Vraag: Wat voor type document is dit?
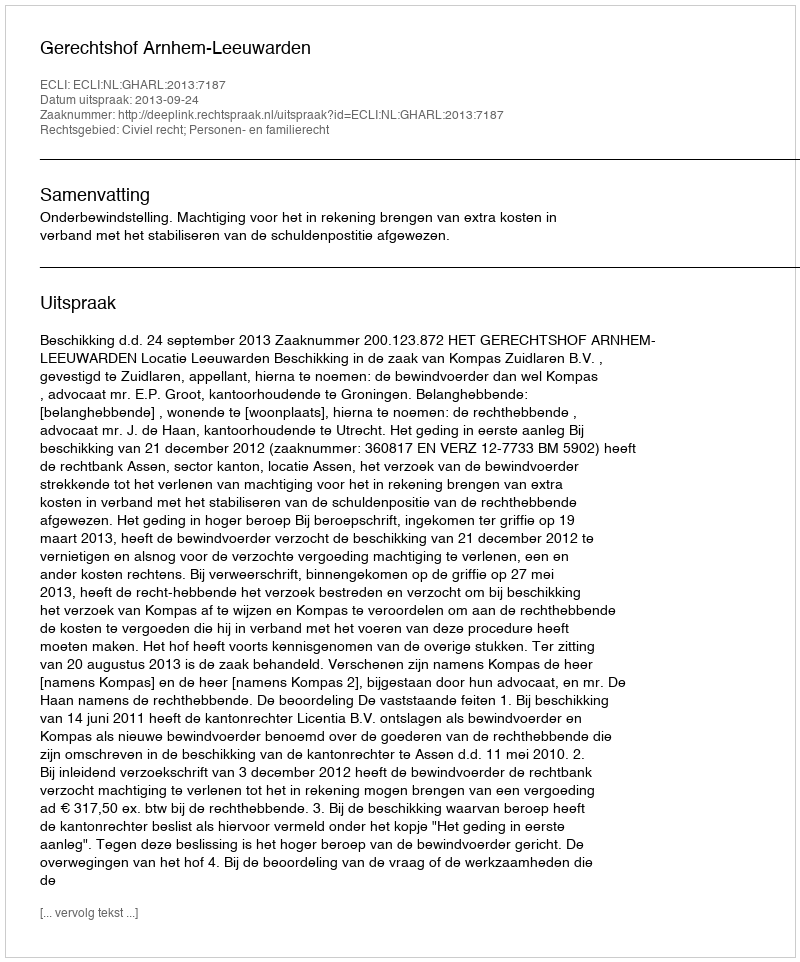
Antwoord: Uitspraak